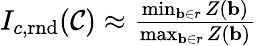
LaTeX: \begin{array}{r}{I_{c,\mathrm{rnd}}(\mathcal{C})\approx\frac{\operatorname*{min}_{\mathbf{b}\in r}Z(\mathbf{b})}{\operatorname*{max}_{\mathbf{b}\in r}Z(\mathbf{b})}}\end{array}